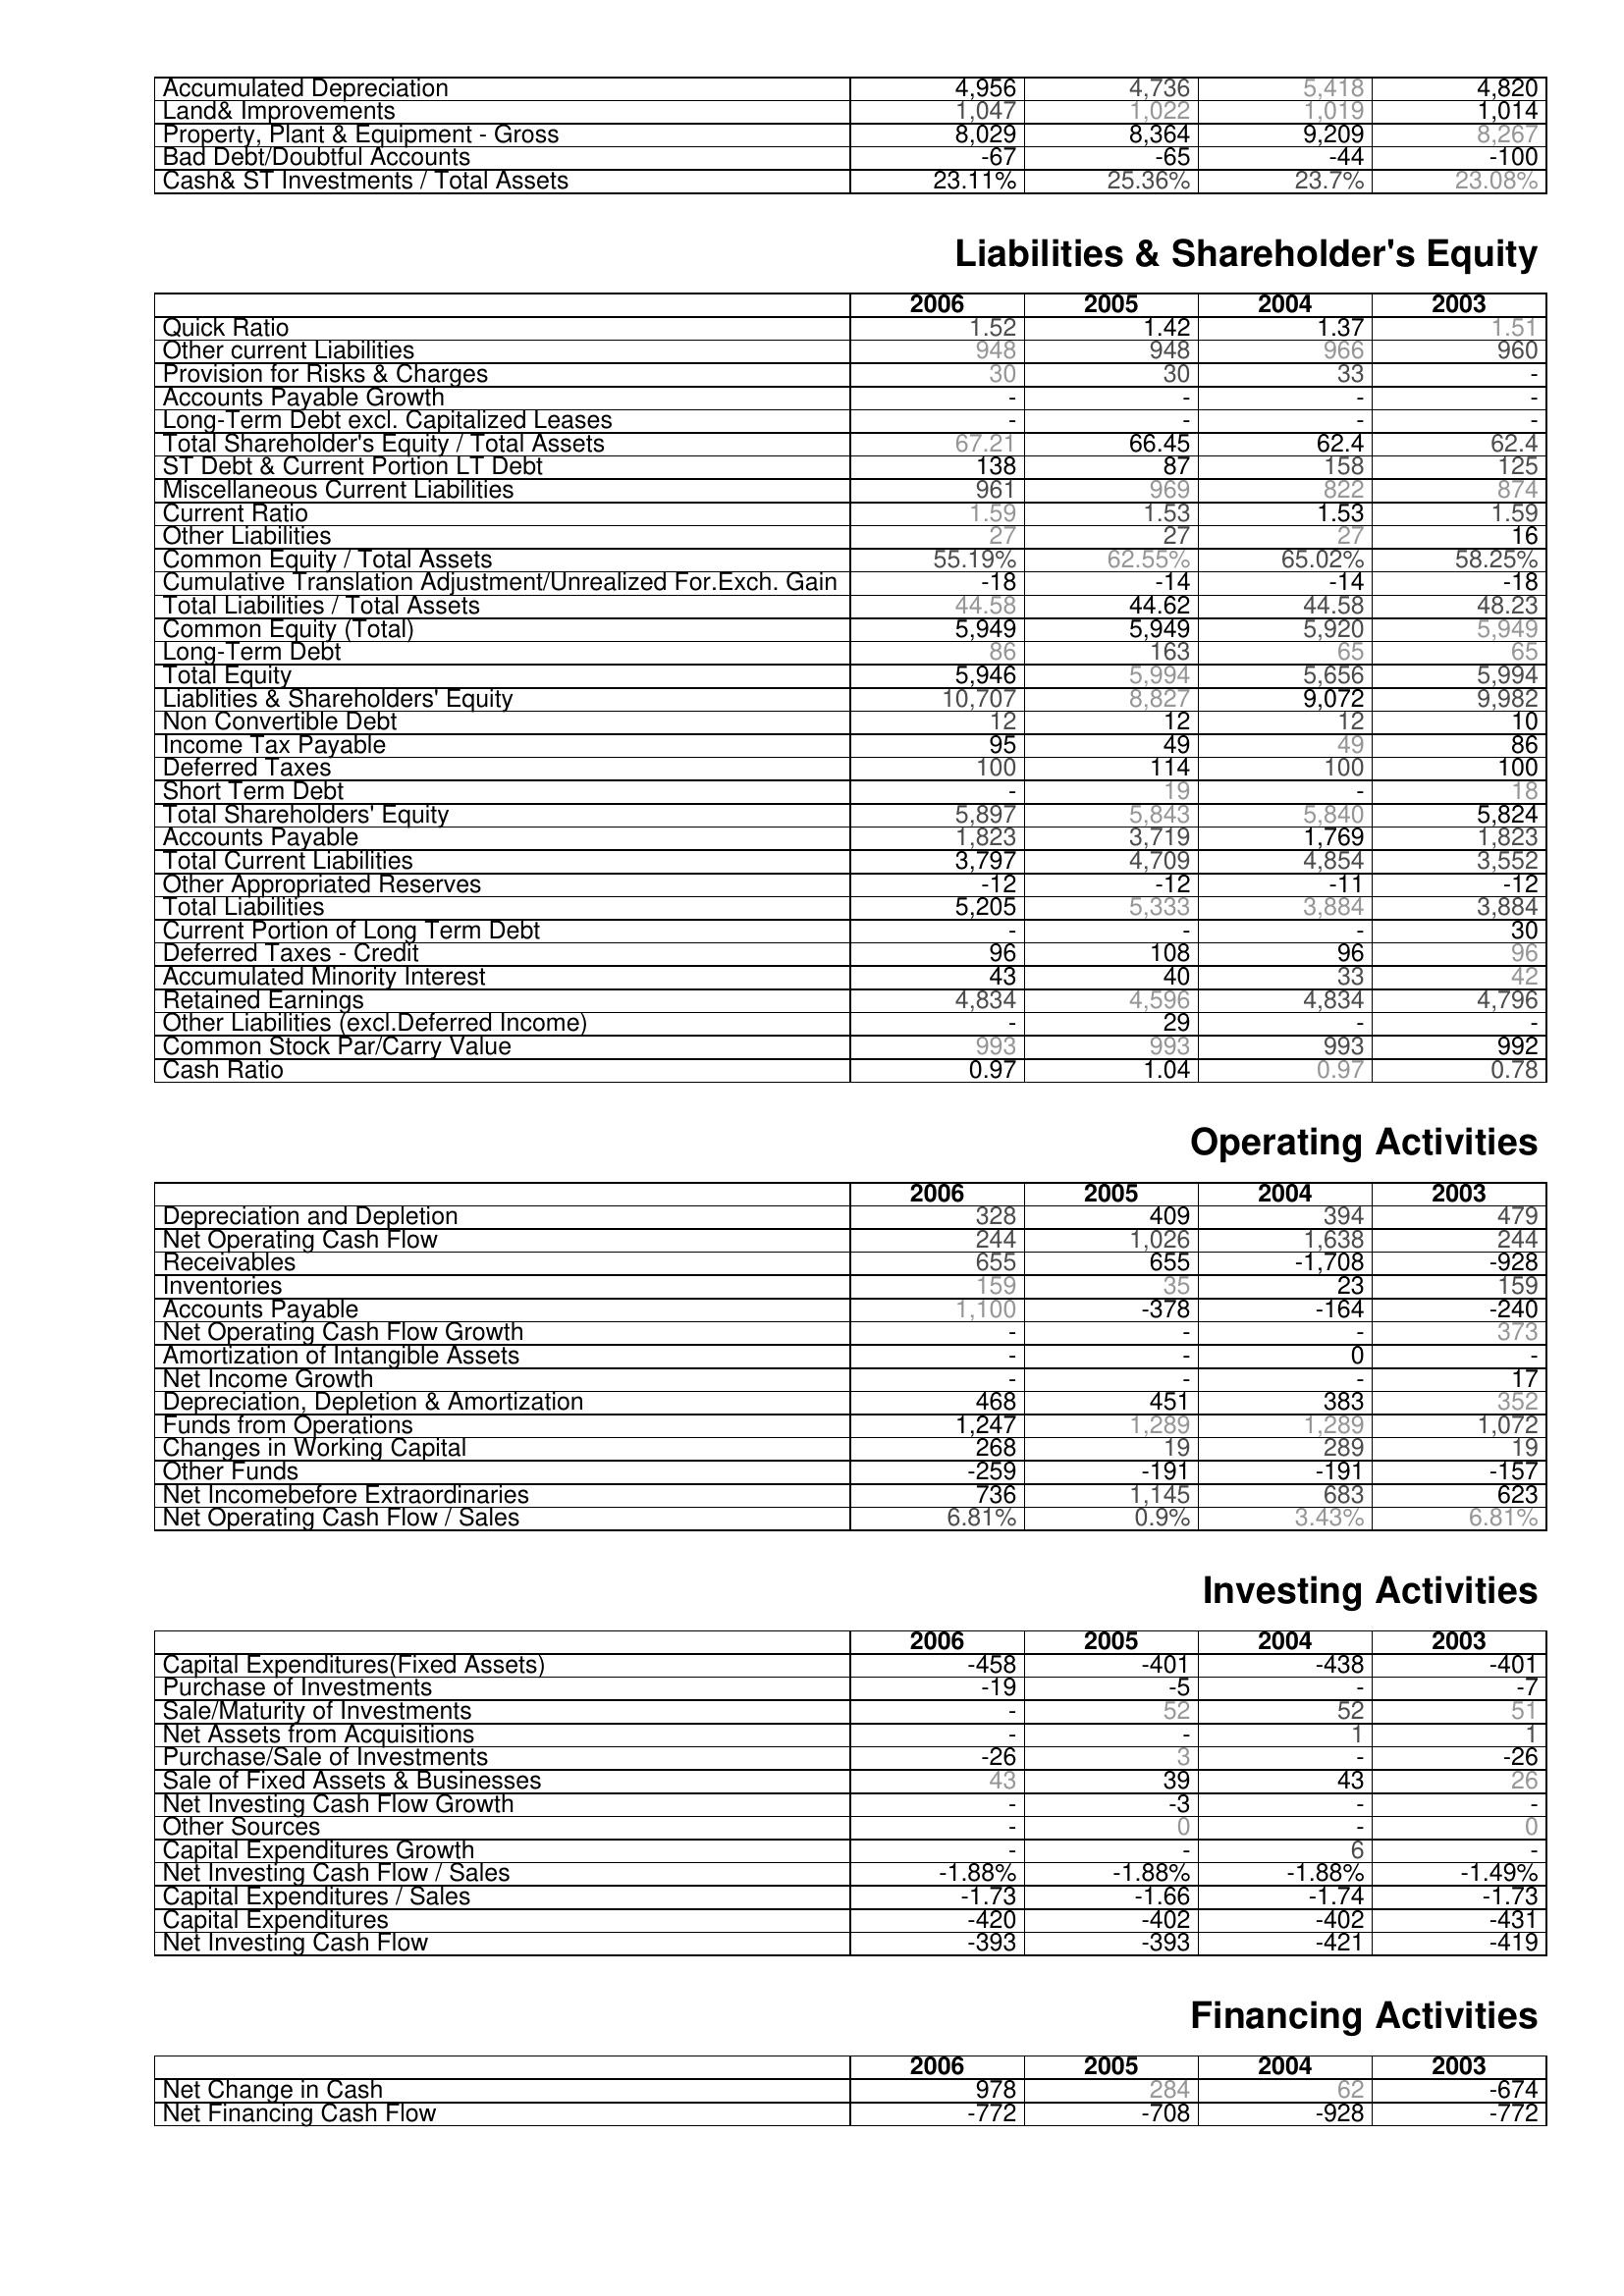
2006: Assets: Accumulated Depreciation: 4,956
Land& Improvements: 1,047
Property, Plant & Equipment - Gross : 8,029
Bad Debt/Doubtful Accounts: -67
Cash& ST Investments / Total Assets: 23.11%
Liabilities & Shareholder's Equity: Quick Ratio: 1.52
Other current Liabilities: 948
Provision for Risks & Charges: 30
Accounts Payable Growth: -
Long-Term Debt excl. Capitalized Leases: -
Total Shareholder's Equity / Total Assets: 67.21
ST Debt & Current Portion LT Debt: 138
Miscellaneous Current Liabilities: 961
Current Ratio: 1.59
Other Liabilities: 27
Common Equity / Total Assets: 55.19%
Cumulative Translation Adjustment/Unrealized For.Exch. Gain: -18
Total Liabilities / Total Assets: 44.58
Common Equity (Total): 5,949
Long-Term Debt: 86
Total Equity: 5,946
Liablities & Shareholders' Equity: 10,707
Non Convertible Debt: 12
Income Tax Payable: 95
Deferred Taxes: 100
Short Term Debt: -
Total Shareholders' Equity: 5,897
Accounts Payable: 1,823
Total Current Liabilities: 3,797
Other Appropriated Reserves: -12
Total Liabilities: 5,205
Current Portion of Long Term Debt: -
Deferred Taxes - Credit: 96
Accumulated Minority Interest: 43
Retained Earnings: 4,834
Other Liabilities (excl.Deferred Income): -
Common Stock Par/Carry Value: 993
Cash Ratio: 0.97
Operating Activities: Depreciation and Depletion: 328
Net Operating Cash Flow: 244
Receivables: 655
Inventories: 159
Accounts Payable: 1,100
Net Operating Cash Flow Growth: -
Amortization of Intangible Assets: -
Net Income Growth: -
Depreciation, Depletion & Amortization: 468
Funds from Operations: 1,247
Changes in Working Capital: 268
Other Funds: -259
Net Incomebefore Extraordinaries: 736
Net Operating Cash Flow / Sales: 6.81%
Investing Activities: Capital Expenditures(Fixed Assets): -458
Purchase of Investments: -19
Sale/Maturity of Investments: -
Net Assets from Acquisitions: -
Purchase/Sale of Investments: -26
Sale of Fixed Assets & Businesses: 43
Net Investing Cash Flow Growth: -
Other Sources: -
Capital Expenditures Growth: -
Net Investing Cash Flow / Sales: -1.88%
Capital Expenditures / Sales: -1.73
Capital Expenditures: -420
Net Investing Cash Flow: -393
Financing Activities: Net Change in Cash: 978
Net Financing Cash Flow: -772
2005: Assets: Accumulated Depreciation: 4,736
Land& Improvements: 1,022
Property, Plant & Equipment - Gross : 8,364
Bad Debt/Doubtful Accounts: -65
Cash& ST Investments / Total Assets: 25.36%
Liabilities & Shareholder's Equity: Quick Ratio: 1.42
Other current Liabilities: 948
Provision for Risks & Charges: 30
Accounts Payable Growth: -
Long-Term Debt excl. Capitalized Leases: -
Total Shareholder's Equity / Total Assets: 66.45
ST Debt & Current Portion LT Debt: 87
Miscellaneous Current Liabilities: 969
Current Ratio: 1.53
Other Liabilities: 27
Common Equity / Total Assets: 62.55%
Cumulative Translation Adjustment/Unrealized For.Exch. Gain: -14
Total Liabilities / Total Assets: 44.62
Common Equity (Total): 5,949
Long-Term Debt: 163
Total Equity: 5,994
Liablities & Shareholders' Equity: 8,827
Non Convertible Debt: 12
Income Tax Payable: 49
Deferred Taxes: 114
Short Term Debt: 19
Total Shareholders' Equity: 5,843
Accounts Payable: 3,719
Total Current Liabilities: 4,709
Other Appropriated Reserves: -12
Total Liabilities: 5,333
Current Portion of Long Term Debt: -
Deferred Taxes - Credit: 108
Accumulated Minority Interest: 40
Retained Earnings: 4,596
Other Liabilities (excl.Deferred Income): 29
Common Stock Par/Carry Value: 993
Cash Ratio: 1.04
Operating Activities: Depreciation and Depletion: 409
Net Operating Cash Flow: 1,026
Receivables: 655
Inventories: 35
Accounts Payable: -378
Net Operating Cash Flow Growth: -
Amortization of Intangible Assets: -
Net Income Growth: -
Depreciation, Depletion & Amortization: 451
Funds from Operations: 1,289
Changes in Working Capital: 19
Other Funds: -191
Net Incomebefore Extraordinaries: 1,145
Net Operating Cash Flow / Sales: 0.9%
Investing Activities: Capital Expenditures(Fixed Assets): -401
Purchase of Investments: -5
Sale/Maturity of Investments: 52
Net Assets from Acquisitions: -
Purchase/Sale of Investments: 3
Sale of Fixed Assets & Businesses: 39
Net Investing Cash Flow Growth: -3
Other Sources: 0
Capital Expenditures Growth: -
Net Investing Cash Flow / Sales: -1.88%
Capital Expenditures / Sales: -1.66
Capital Expenditures: -402
Net Investing Cash Flow: -393
Financing Activities: Net Change in Cash: 284
Net Financing Cash Flow: -708
2004: Assets: Accumulated Depreciation: 5,418
Land& Improvements: 1,019
Property, Plant & Equipment - Gross : 9,209
Bad Debt/Doubtful Accounts: -44
Cash& ST Investments / Total Assets: 23.7%
Liabilities & Shareholder's Equity: Quick Ratio: 1.37
Other current Liabilities: 966
Provision for Risks & Charges: 33
Accounts Payable Growth: -
Long-Term Debt excl. Capitalized Leases: -
Total Shareholder's Equity / Total Assets: 62.4
ST Debt & Current Portion LT Debt: 158
Miscellaneous Current Liabilities: 822
Current Ratio: 1.53
Other Liabilities: 27
Common Equity / Total Assets: 65.02%
Cumulative Translation Adjustment/Unrealized For.Exch. Gain: -14
Total Liabilities / Total Assets: 44.58
Common Equity (Total): 5,920
Long-Term Debt: 65
Total Equity: 5,656
Liablities & Shareholders' Equity: 9,072
Non Convertible Debt: 12
Income Tax Payable: 49
Deferred Taxes: 100
Short Term Debt: -
Total Shareholders' Equity: 5,840
Accounts Payable: 1,769
Total Current Liabilities: 4,854
Other Appropriated Reserves: -11
Total Liabilities: 3,884
Current Portion of Long Term Debt: -
Deferred Taxes - Credit: 96
Accumulated Minority Interest: 33
Retained Earnings: 4,834
Other Liabilities (excl.Deferred Income): -
Common Stock Par/Carry Value: 993
Cash Ratio: 0.97
Operating Activities: Depreciation and Depletion: 394
Net Operating Cash Flow: 1,638
Receivables: -1,708
Inventories: 23
Accounts Payable: -164
Net Operating Cash Flow Growth: -
Amortization of Intangible Assets: 0
Net Income Growth: -
Depreciation, Depletion & Amortization: 383
Funds from Operations: 1,289
Changes in Working Capital: 289
Other Funds: -191
Net Incomebefore Extraordinaries: 683
Net Operating Cash Flow / Sales: 3.43%
Investing Activities: Capital Expenditures(Fixed Assets): -438
Purchase of Investments: -
Sale/Maturity of Investments: 52
Net Assets from Acquisitions: 1
Purchase/Sale of Investments: -
Sale of Fixed Assets & Businesses: 43
Net Investing Cash Flow Growth: -
Other Sources: -
Capital Expenditures Growth: 6
Net Investing Cash Flow / Sales: -1.88%
Capital Expenditures / Sales: -1.74
Capital Expenditures: -402
Net Investing Cash Flow: -421
Financing Activities: Net Change in Cash: 62
Net Financing Cash Flow: -928
2003: Assets: Accumulated Depreciation: 4,820
Land& Improvements: 1,014
Property, Plant & Equipment - Gross : 8,267
Bad Debt/Doubtful Accounts: -100
Cash& ST Investments / Total Assets: 23.08%
Liabilities & Shareholder's Equity: Quick Ratio: 1.51
Other current Liabilities: 960
Provision for Risks & Charges: -
Accounts Payable Growth: -
Long-Term Debt excl. Capitalized Leases: -
Total Shareholder's Equity / Total Assets: 62.4
ST Debt & Current Portion LT Debt: 125
Miscellaneous Current Liabilities: 874
Current Ratio: 1.59
Other Liabilities: 16
Common Equity / Total Assets: 58.25%
Cumulative Translation Adjustment/Unrealized For.Exch. Gain: -18
Total Liabilities / Total Assets: 48.23
Common Equity (Total): 5,949
Long-Term Debt: 65
Total Equity: 5,994
Liablities & Shareholders' Equity: 9,982
Non Convertible Debt: 10
Income Tax Payable: 86
Deferred Taxes: 100
Short Term Debt: 18
Total Shareholders' Equity: 5,824
Accounts Payable: 1,823
Total Current Liabilities: 3,552
Other Appropriated Reserves: -12
Total Liabilities: 3,884
Current Portion of Long Term Debt: 30
Deferred Taxes - Credit: 96
Accumulated Minority Interest: 42
Retained Earnings: 4,796
Other Liabilities (excl.Deferred Income): -
Common Stock Par/Carry Value: 992
Cash Ratio: 0.78
Operating Activities: Depreciation and Depletion: 479
Net Operating Cash Flow: 244
Receivables: -928
Inventories: 159
Accounts Payable: -240
Net Operating Cash Flow Growth: 373
Amortization of Intangible Assets: -
Net Income Growth: 17
Depreciation, Depletion & Amortization: 352
Funds from Operations: 1,072
Changes in Working Capital: 19
Other Funds: -157
Net Incomebefore Extraordinaries: 623
Net Operating Cash Flow / Sales: 6.81%
Investing Activities: Capital Expenditures(Fixed Assets): -401
Purchase of Investments: -7
Sale/Maturity of Investments: 51
Net Assets from Acquisitions: 1
Purchase/Sale of Investments: -26
Sale of Fixed Assets & Businesses: 26
Net Investing Cash Flow Growth: -
Other Sources: 0
Capital Expenditures Growth: -
Net Investing Cash Flow / Sales: -1.49%
Capital Expenditures / Sales: -1.73
Capital Expenditures: -431
Net Investing Cash Flow: -419
Financing Activities: Net Change in Cash: -674
Net Financing Cash Flow: -772